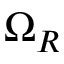
\Omega _ { R }